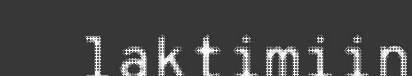
laktimiin